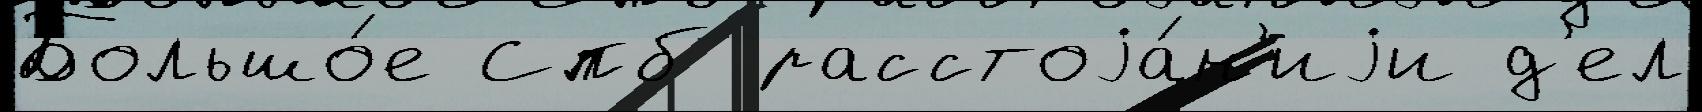
Большо́е Спб расстоjа́н'иjи д'ел